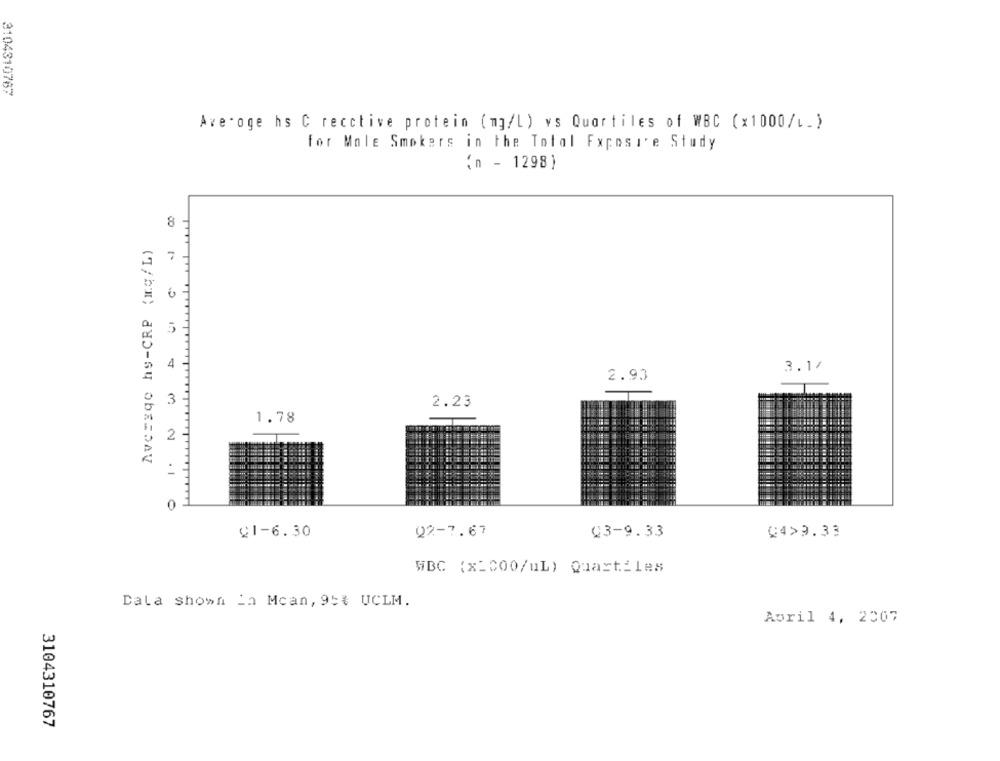
3104310767
Avecoge hs C recctive protein (mg/L) vs Quartiles of WBC (x1000/L.)
for Mole Smokers in the Total Fxposie Study
(n - 1298)
8
Average hy-CRP (mg/ L)
5
4
3.17
2.93
3
2.23
1.78
2
:
0
02-7.67
C3-9.33
C4>9.33
C1-6.30
WBC (x2000/uL) Quartiles
Dala shown in Mcan, 95% UCLM.
April 4, 2007
3104310767